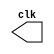
// ---------------------------
// -- test clock generator (2)
// ---------------------------
module clock ( clk );
	output clk;
	reg clk;
	initial
	begin
		clk = 1'b0;
	end
	always
	begin
		#12 clk = ~clk;
	end
endmodule

module pulse ( signal, clock );
	input clock;
	output signal;
	reg signal;
	always @ ( clock )
	begin
		signal = 1'b1;
		#3 signal = 1'b0;
		#3 signal = 1'b1;
		#3 signal = 1'b0;
	end
endmodule // pulse

module trigger ( signal, on, clock );
	input on, clock;
	output signal;
	reg signal;
	always @ ( posedge clock & on )
	begin
		#60 signal = 1'b1;
		#60 signal = 1'b0;
	end
endmodule // trigger

module Exemplo0042;
	wire clock;
	clock clk ( clock );
	reg p;
	wire p1,t1;
	pulse pulse1 ( p1, clock );
	trigger trigger1 ( t1, p, clock );
	
	initial begin
		p = 1'b0;
	end
	
	initial begin
		$dumpfile ( "Exemplo0042.vcd" );
		$dumpvars ( 1, clock, p1, p, t1 );
		#060 p = 1'b1;
		#120 p = 1'b0;
		#180 p = 1'b1;
		#240 p = 1'b0;
		#300 p = 1'b1;
		#360 p = 1'b0;
		#376 $finish;
	end
endmodule //Exemplo0042